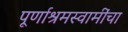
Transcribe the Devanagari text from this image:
पूर्णाश्रमस्वामींचा